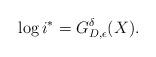
LaTeX: \begin{align*}\log i^* = G_{D, \epsilon}^{\delta}(X). \end{align*}